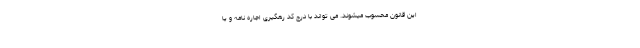
این قانون محسوب میشوند. می تواند با درج کد رهگیری اجاره نامه و یا